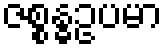
ဇစ္စန္ဓဥပမာ